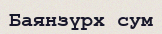
Баянзүрх сум